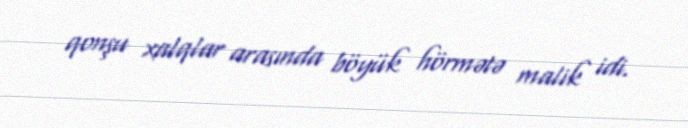
qonşu xalqlar arasında böyük hörmətə malik idi.